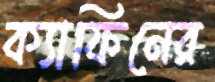
ক্যাফিনের